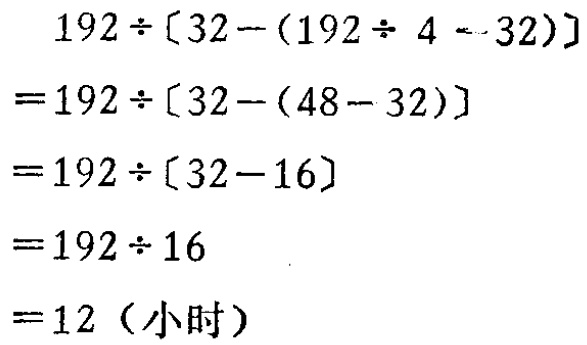
\[

\begin{align*}

&192\div[32-(192\div 4 - 32)]\\

=&192\div[32-(48 - 32)]\\

=&192\div[32 - 16]\\

=&192\div 16\\

=&192\div 16\\

=&12（小时）

\end{align*}

\]